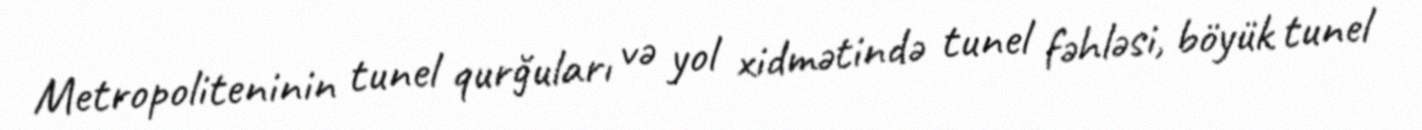
Metropoliteninin tunel qurğuları və yol xidmətində tunel fəhləsi, böyük tunel